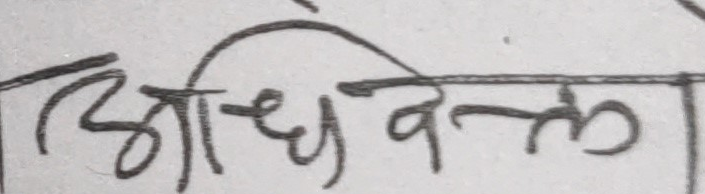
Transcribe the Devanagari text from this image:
अधिवक्ता